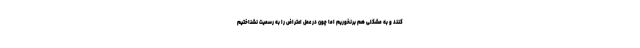
کنند و به مشکلی هم برنخوریم اما چون در عمل اعتراض را به رسمیت نشناختیم